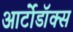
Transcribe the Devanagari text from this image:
आर्टोडॉक्स